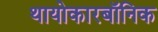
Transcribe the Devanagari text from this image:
थायोकारबॉनिक